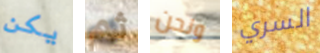
يكن ثم ونحن السري